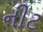
નીટ